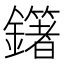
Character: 𨮿